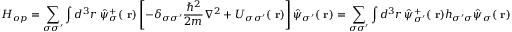
H _ { o p } = \sum _ { \sigma \sigma ^ { \prime } } \int d ^ { 3 } r \; \hat { \psi } _ { \sigma } ^ { + } ( \mathrm { \bf ~ r } ) \left[ - \delta _ { \sigma \sigma ^ { \prime } } \frac { \hbar ^ { 2 } } { 2 m } \nabla ^ { 2 } + U _ { \sigma \sigma ^ { \prime } } ( \mathrm { \bf ~ r } ) \right] \hat { \psi } _ { \sigma ^ { \prime } } ( \mathrm { \bf ~ r } ) = \sum _ { \sigma \sigma ^ { \prime } } \int d ^ { 3 } r \, \hat { \psi } _ { \sigma ^ { \prime } } ^ { + } ( \mathrm { \bf ~ r } ) h _ { \sigma ^ { \prime } \sigma } \hat { \psi } _ { \sigma } ( \mathrm { \bf ~ r } )